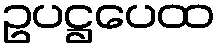
ဥပဋ္ဌပေထ